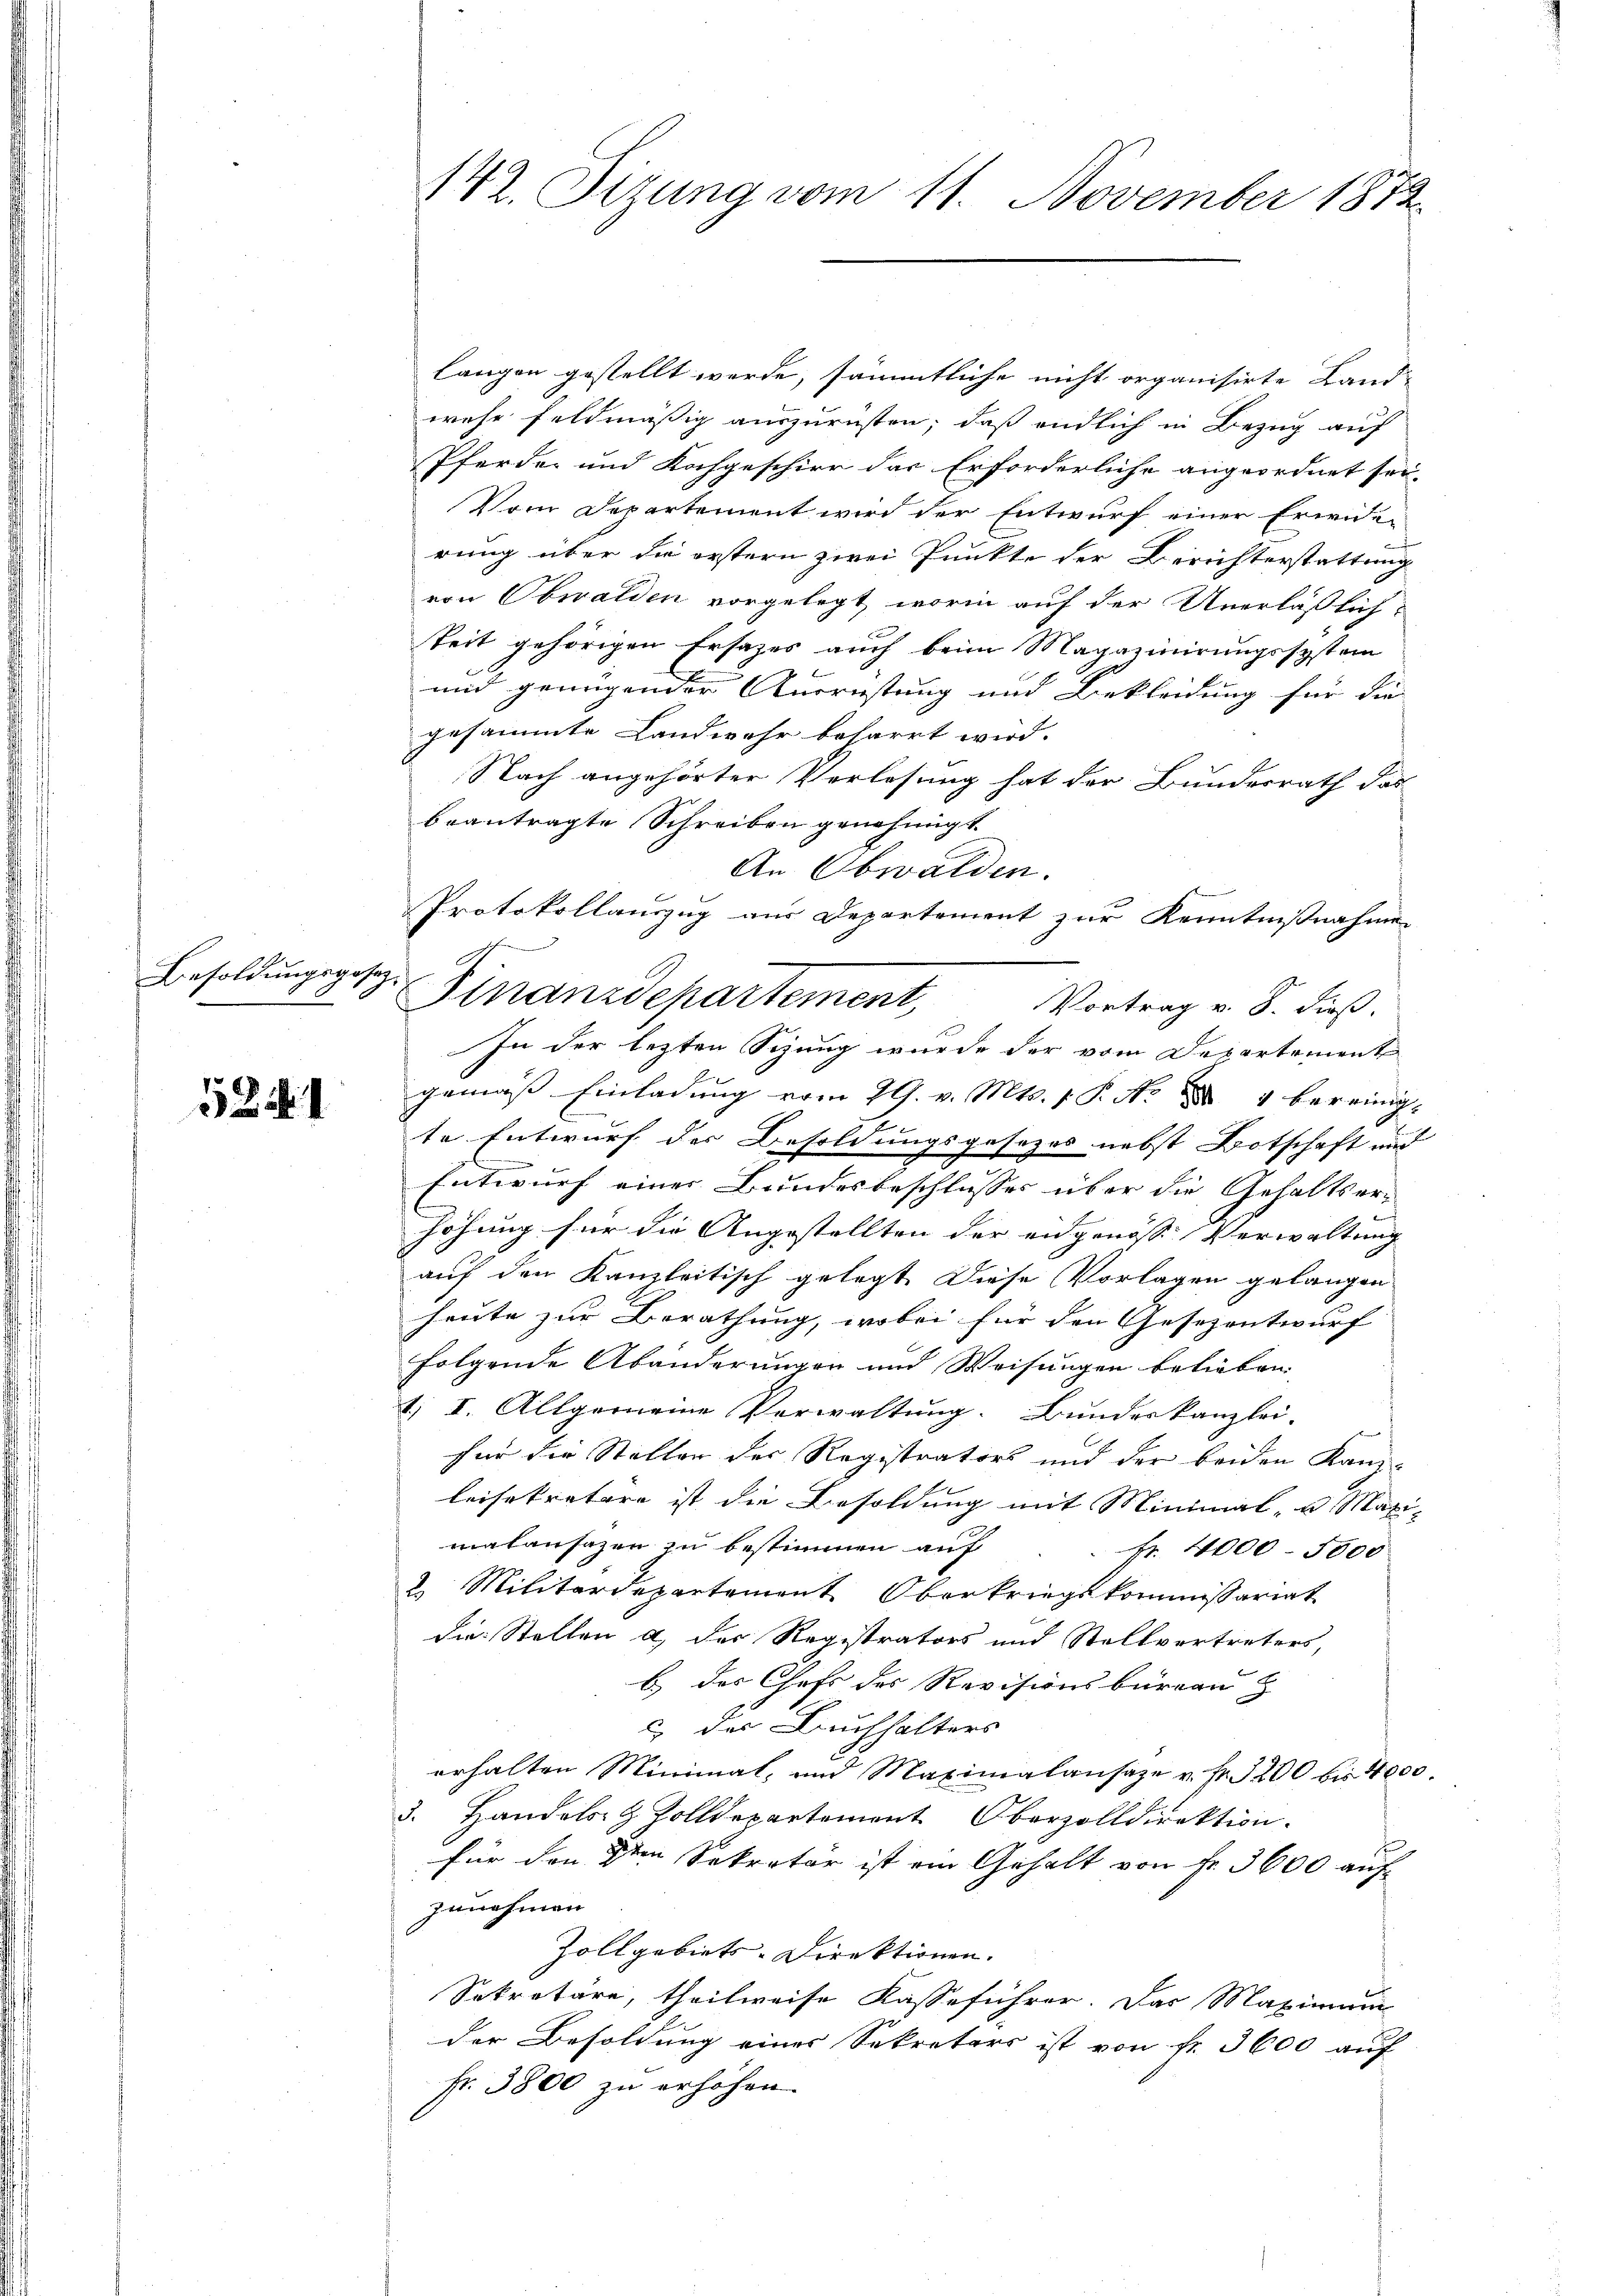
Besoldungsgesez¬

5241

142. Dirung vom 11. November 1872

langen gestellt werde, sämmtliche nicht organisirte Land-
wehe feldmäßig auszurüsten, daß endlich in Bezug auf
Pferde- und Kochgeschier das Erforderliche angeordnet sei-
Vom Departement wird der Entwurf einer Erwide-
rung über die erstern zwei Punkte der Berichterstattung
von Obwalden vorgelegt worin auf der Unerläßlich-
keit gehörigen Ersatzes auch beim Magazinirungssystem
und genügender Ausrüstung und Bekleidung für die
gesammte Landwehr beharrt wird.
Nach angehörter Verlesung hat der Bundesrath das
beantragte Schreiben genehmigt.
An Obwalden.
Protokollauszug aus Departement zur Kenntnißnahmen
Finanzdepartement,
Vortrag v. 8. dieß.
In der lezten Sizung wurde der vom Departement
gemäß Einladung vom 29. v. Mts. 1 P. Nr. 4 bereinig-
te Entwurf der Besoldungsgesezes nebst Botschaft und |
Entwurf einer Bundesbeschlusses über die Gehaltserhöhung für die Angestellten der angenoss Verwaltung
auf den Kanzleitisch gelegt. Diese Vorlagen gelangen
heute zur Berathung, wobei für den Gesezentwurf
folgende Abänderungen und Weisungen belieben.
1; I. Allgemeine Verwaltung. Bundeskanzlei-
für die Stellen der Registrators und der beiden Kanz-
leisekratore ist die Besoldung mit Minimal- u. Maximalansagen zŭ bestimmen aŭf fr. 4000. 5000
2. Militärdepartement Oberkriegskommissariat
die Stellen a, der Registrators und Stellvertreters
b.) des Chefs des Revisionsbüreau z
c des Buchhalters
erhalten Minimal- und Maximalansaze u. fr. 3200 bis 4000.
3. Handels- & Zolldepartement Oberzolldirektion.
für den den Sekrator ist ein Gehalt von Fr. 3600 auf
zunehmen.
Zollgebiets-Direktionen.
Sekretäre, theilweise Kasse führer. Das Maximum
der Besoldung einer Sekretärs ist von fr. 3600 auf
Fr. 3800 zu erhöhen.

s